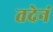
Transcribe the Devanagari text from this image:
तदेनं